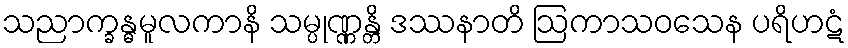
သညာက္ခန္ဓမူလကာနိ သမ္ပုဏ္ဏန္တိ ဒဿနာတိ ဩကာသဝသေန ပရိဟဋံ